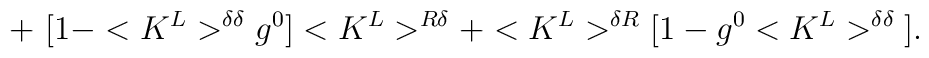
+\,\,\big[1-<K^L>^{\delta\delta}g^0\big]<K^L>^{R\delta}+<K^L>^{\delta R}\big[1-g^0<K^L>^{\delta\delta}\big].